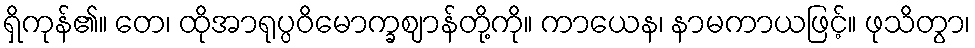
ရှိကုန်၏။ တေ၊ ထိုအာရုပ္ပဝိမောက္ခဈာန်တို့ကို။ ကာယေန၊ နာမကာယဖြင့်။ ဖုသိတွာ၊